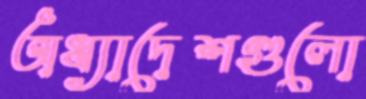
অধ্যাদেশগুলো